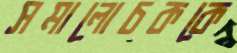
সমালোচককে